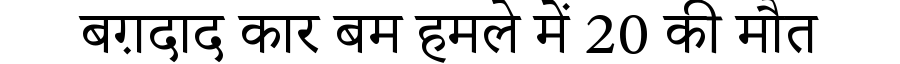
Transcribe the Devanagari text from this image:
बग़दाद कार बम हमले में 20 की मौत